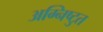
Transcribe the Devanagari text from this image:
अग्निष्टुत